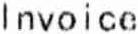
INVOICE